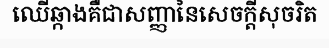
ឈើឆ្កាងគឺជាសញ្ញានៃសេចក្តីសុចរិត